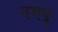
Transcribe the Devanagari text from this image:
नमवू